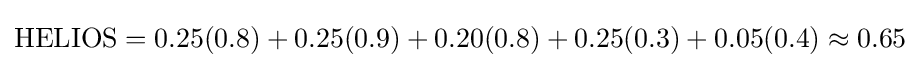
{\text{HELIOS}}=0.25(0.8)+0.25(0.9)+0.20(0.8)+0.25(0.3)+0.05(0.4)\approx 0.65